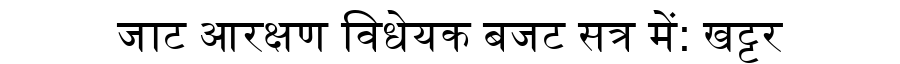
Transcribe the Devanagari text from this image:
जाट आरक्षण विधेयक बजट सत्र में: खट्टर